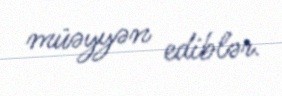
müəyyən ediblər.